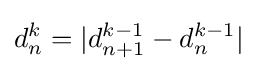
d_{n}^{k}=|d_{n+1}^{k-1}-d_{n}^{k-1}|